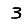
Digit: 3